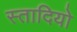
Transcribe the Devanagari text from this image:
स्तादियो